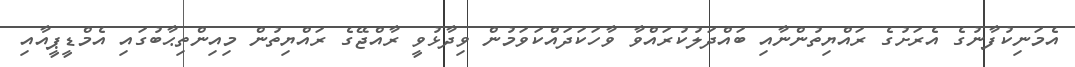
އެމަނިކުފާނުގެ އެރަށުގެ ރައްޔިތުންނާއި ބައްދަލުކުރައްވާ ވާހަކަދައްކަވަމުން ވިދާޅުވީ ރާއްޖޭގެ ރައްޔިތުން މިއިންތިޙާބުގައި އެމްޑީޕީއާއި